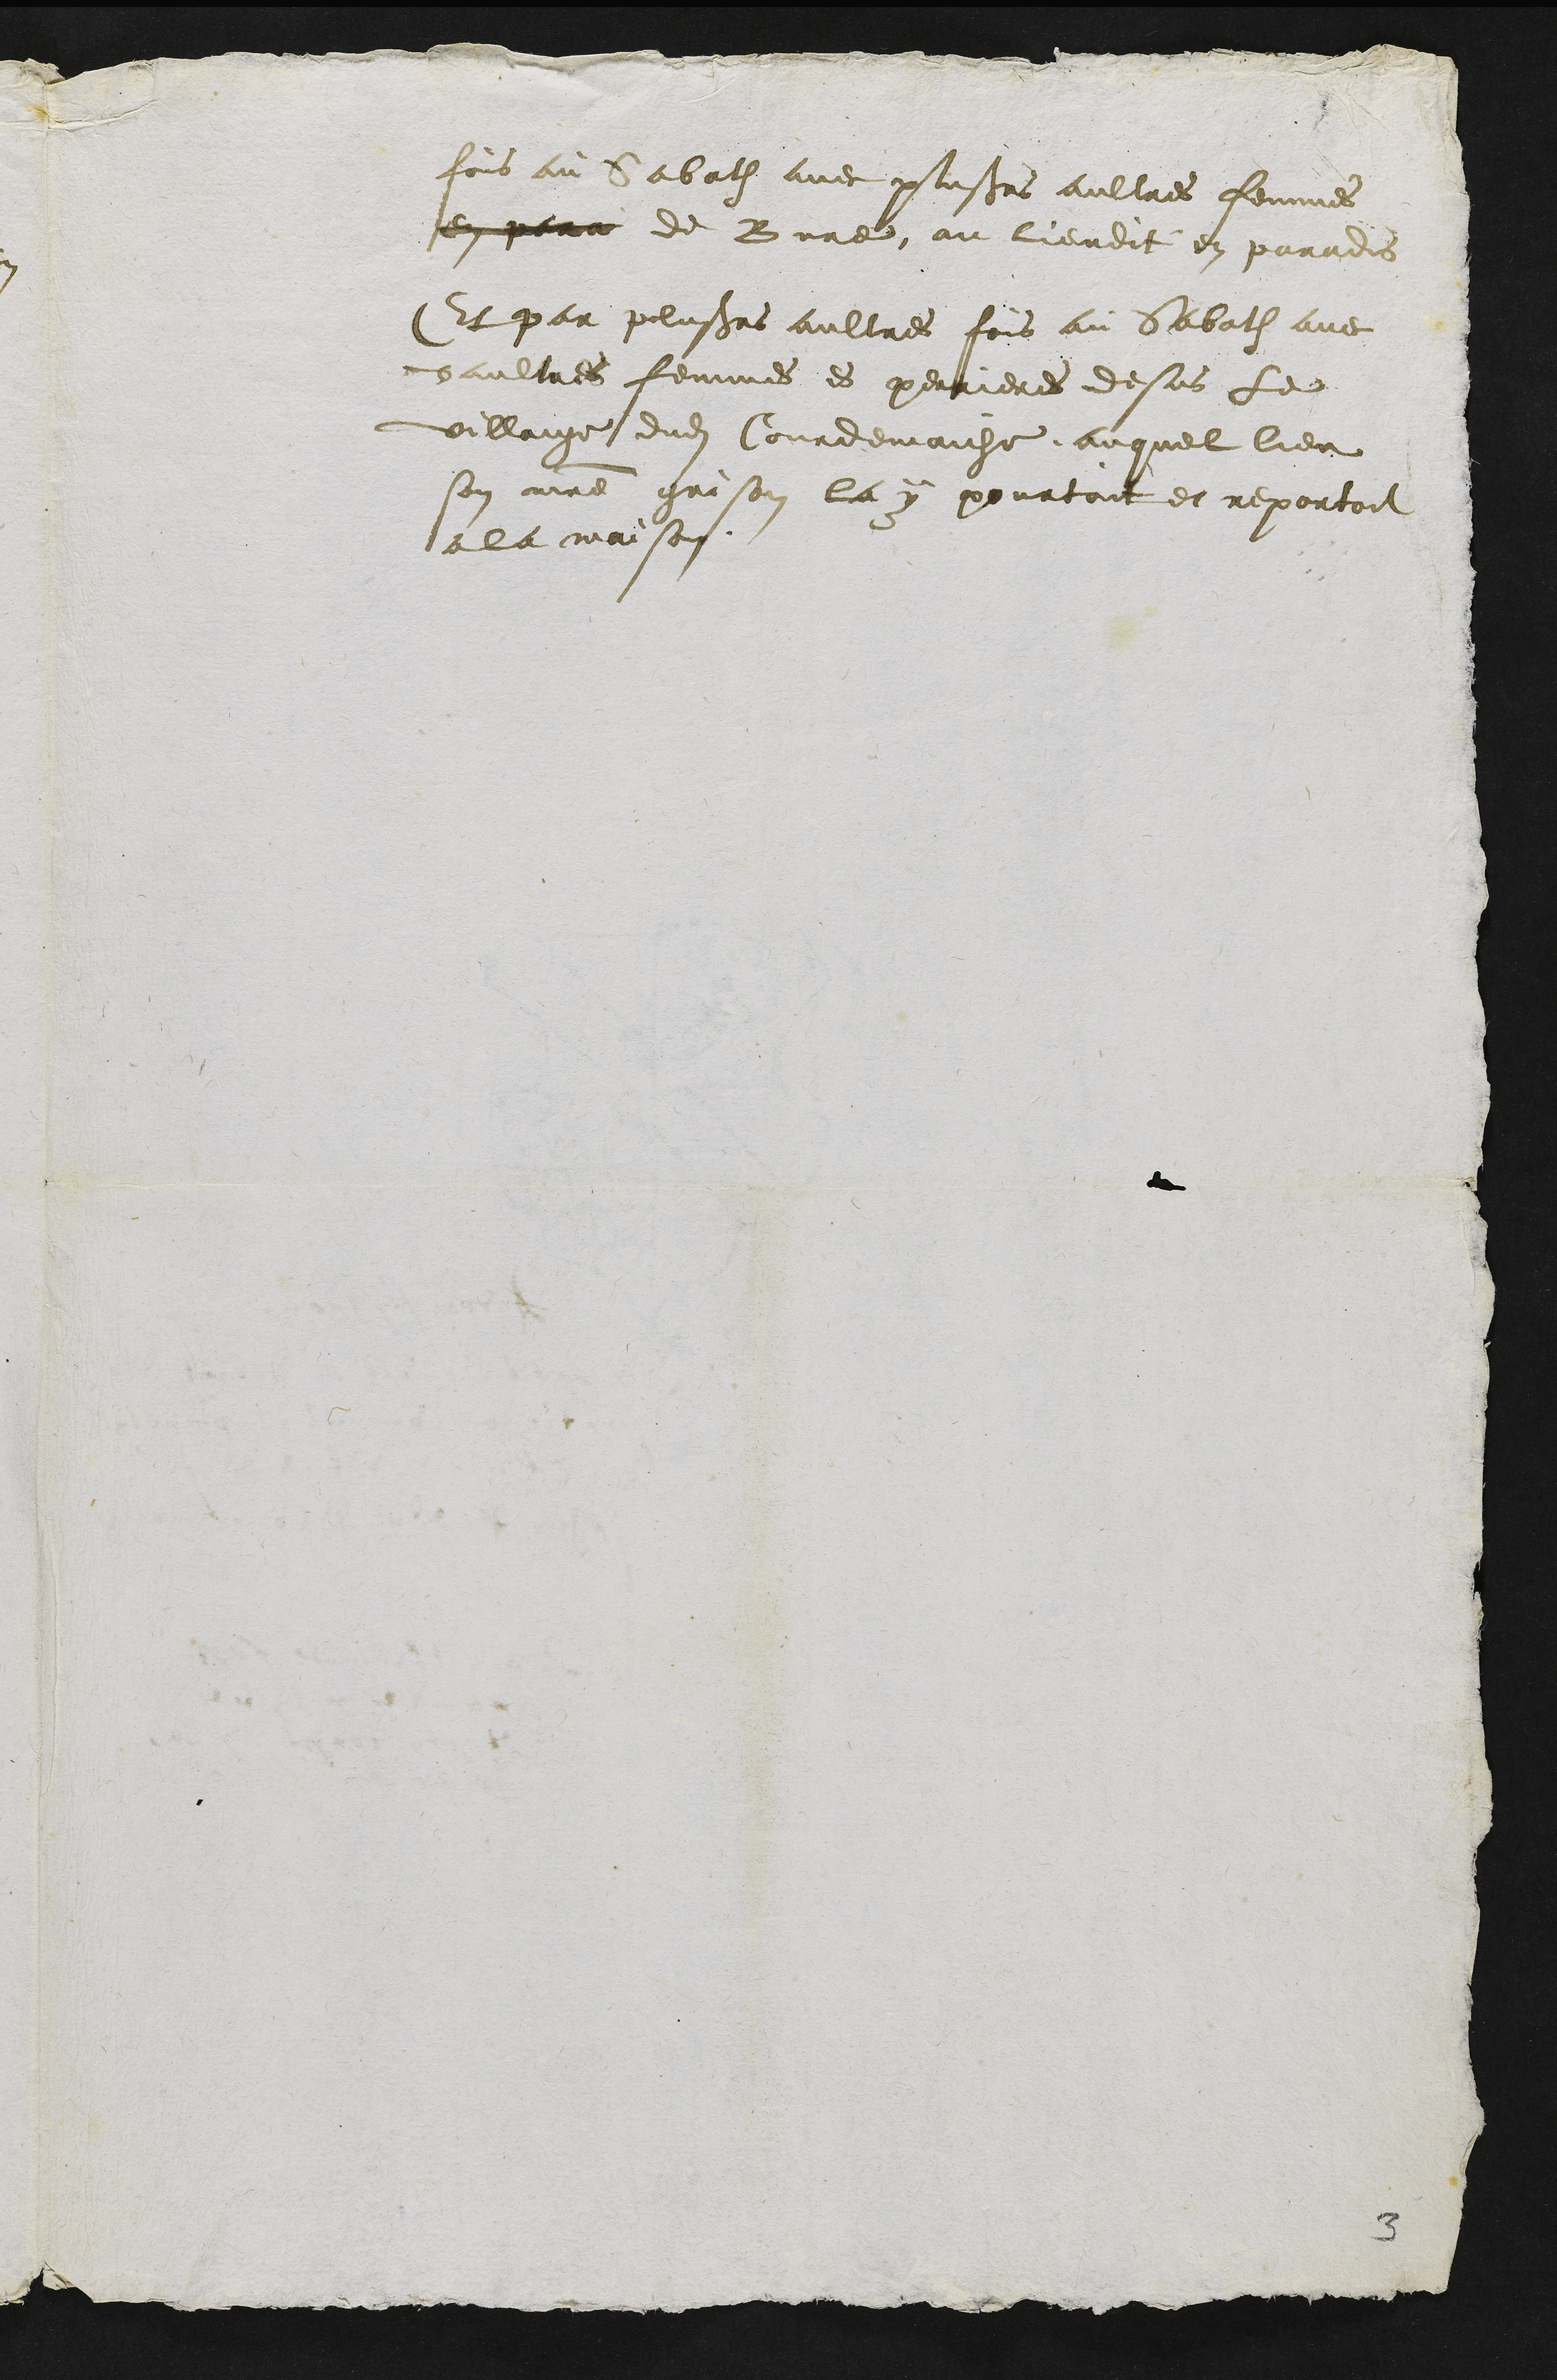
fois au Sabath avec plusieurs aultres femmes
en para de Bure, au lieudit en paradis
Et par plusieurs aultres fois au Sabath avec
daultres femmes es perrieres dessus le
villaige dudit Courdemaiche, auquel lieu
son maitre grison la y pourtoit et reportoit
a la maison.